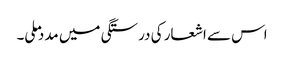
اس سے اشعار کی درستگی میں مدد ملی۔